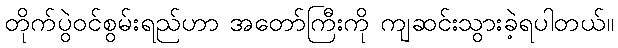
တိုက်ပွဲဝင်စွမ်းရည်ဟာ အတော်ကြီးကို ကျဆင်းသွားခဲ့ရပါတယ်။